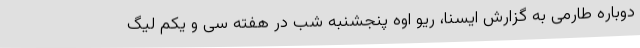
دوباره طارمی به گزارش ایسنا، ریو اوه پنجشنبه شب در هفته سی و یکم لیگ